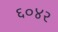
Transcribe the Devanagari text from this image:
६०४२